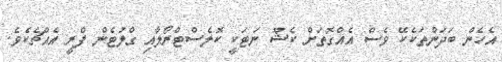
އެހެން ބަދަންތަކެކޭ ވެސް އެއްގޮތަށް ކެޝޫ ނަޓަކީ ކޮލެސްޓްރޯލާއި ގްލުޓެން ފްރީ އެއްޗެކެވެ.